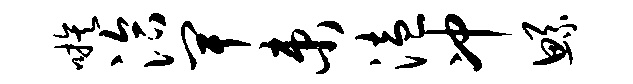
嗾洽卑束溘冲鲧